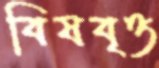
বিষবৃত্ত